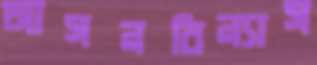
আসনবিন্যাস